Scottish Leaving Certificate Examination, 1960
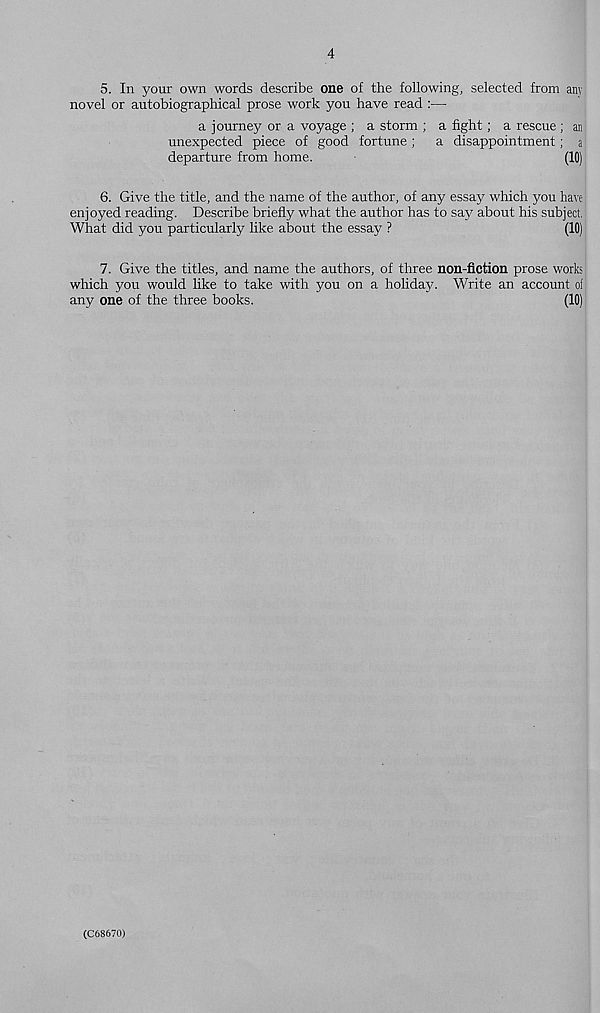
4
5.
In yonr own words describe one of th
novel or autobiographical prose work you have read :—
a journey or a voyage ; a storm ; a fight; a rescue ; an
unexpected piece of good fortune ;
a disappointment; a
departure from home.
(10)
6. Give the title, and the name of the author, of any essay which you have
enjoyed reading. Describe briefly what the author has to say about his subject.
What did you particularly like about the essay ?
(10)
7. Give the titles, and name the authors, of three non-fiction prose works
which you would like to take with you on a holida}?. Write an account of
any one of the three books.
(10)
(C68670)